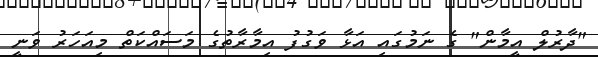
"ދާރުލް އީމާން" ގެ ނަމުގައި އަޅާ ވަގުފު އިމާރާތުގެ މަސައްކަތް މިއަހަރު ވަނީ